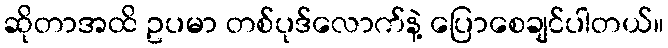
ဆိုတာအထိ ဥပမာ တစ်ပုဒ်လောက်နဲ့ ပြောစေချင်ပါတယ်။